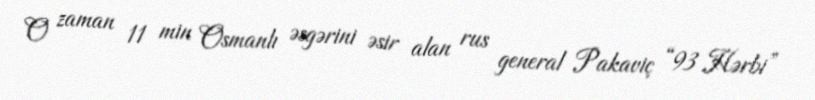
O zaman 11 min Osmanlı əsgərini əsir alan rus general Pakaviç “93 Hərbi”